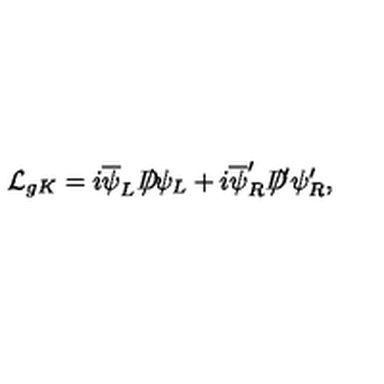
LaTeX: { \cal L } _ { g K } = i \overline { { \psi } } _ { L } D \! \! \! \! / \psi _ { L } + i \overline { { \psi } } _ { R } ^ { \prime } D \! \! \! \! / ^ { \prime } \psi _ { R } ^ { \prime } ,